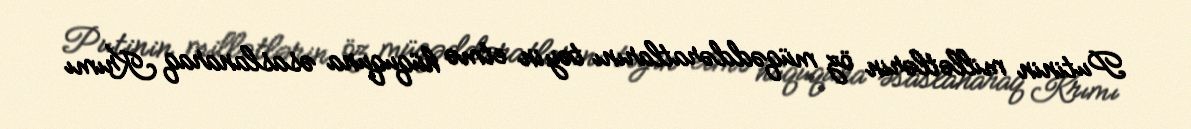
Putinin millətlərin öz müqəddəratlarını təyin etmə hüququna əsaslanaraq Krımı